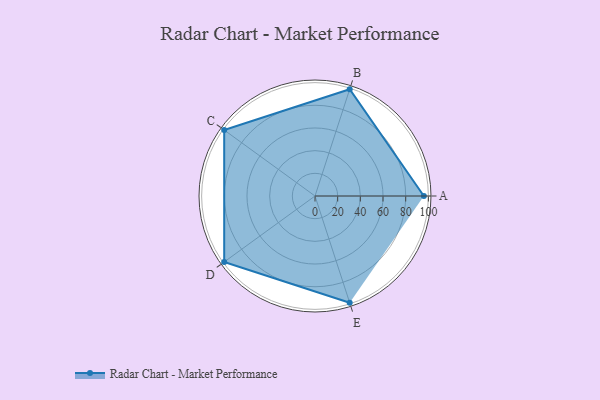
{"axis": {"x": "Skill", "y": "Score"}, "legend": ["Profile"], "data": [{"x": "A", "y": 96.0, "type": "Profile"}, {"x": "B", "y": 99.0, "type": "Profile"}, {"x": "C", "y": 99, "type": "Profile"}, {"x": "D", "y": 99, "type": "Profile"}, {"x": "E", "y": 99, "type": "Profile"}]}